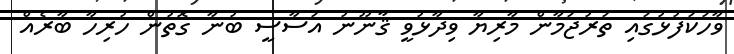
ވާހަކަފުޅުގައި ތަރުޖަމާން މާރިޔާ ވިދާޅުވީ ޤާނޫނު އަސާސީ ބުނާ ގޮތުން ހުރިހާ ބާރެއް